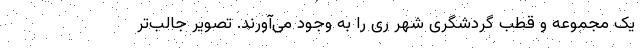
یک مجموعه و قطب گردشگری شهر ری را به‌ وجود می‌آورند. تصویر جالب‌تر